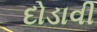
દોડાવી